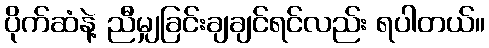
ပိုက်ဆံနဲ့ ညီမျှခြင်းချချင်ရင်လည်း ရပါတယ်။